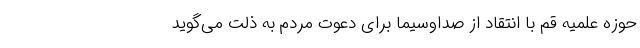
حوزه علمیه قم با انتقاد از صداوسیما برای دعوت مردم به ذلت می‌گوید